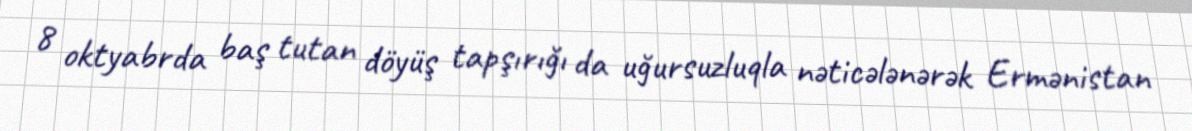
8 oktyabrda baş tutan döyüş tapşırığı da uğursuzluqla nəticələnərək Ermənistan